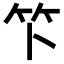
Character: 𫁰